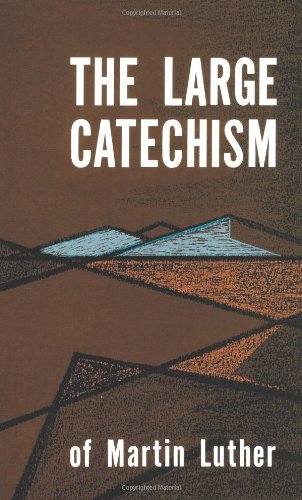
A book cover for The Large Catechism of Martin Luther; Martin Luther; Christian Books & Bibles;